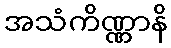
အသံကိဏ္ဏာနိ